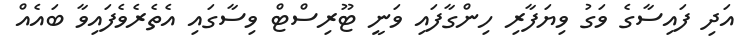
އަދި ފައިސާގެ ވަގު ވިޔަފާރި ހިންގާފައި ވަނީ ޓޫރިސްޓް ވިސާގައި އެތެރެވެފައިވާ ބައެއް